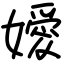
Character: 嬡